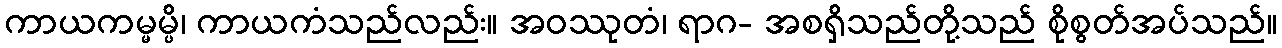
ကာယကမ္မမ္ပိ၊ ကာယကံသည်လည်း။ အဝဿုတံ၊ ရာဂ- အစရှိသည်တို့သည် စိုစွတ်အပ်သည်။